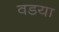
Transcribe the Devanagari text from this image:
वडया